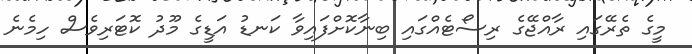
މީގެ ތެރޭގައި ރާއްޖޭގެ ރިސޯޓެއްގައި ބިނާކޮށްފައިވާ ކަނޑު އަޑީގެ މޫދު ކޮޓަރިވެސް ހިމެނެ